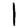
Digit: 1